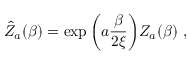
\hat { Z } _ { a } ( \beta ) = \exp \bigg ( a { \frac { \beta } { 2 \xi } } \bigg ) Z _ { a } ( \beta ) \ ,